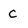
Character: C